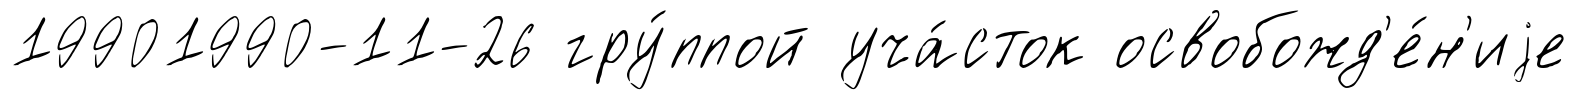
19901990-11-26 гру́ппой уча́сток освобожд'е́н'иjе